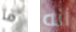
ما انه